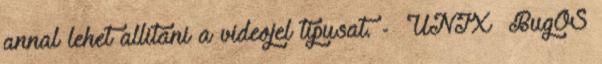
annal lehet allitani a videojel tipusat. - UNIX BugOS